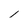
Character: l